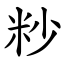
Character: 粆